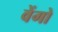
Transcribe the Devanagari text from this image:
वेंगो